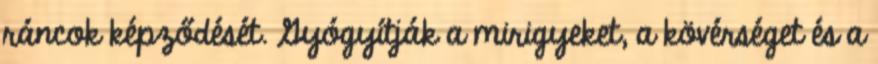
ráncok képződését. Gyógyítják a mirigyeket, a kövérséget és a